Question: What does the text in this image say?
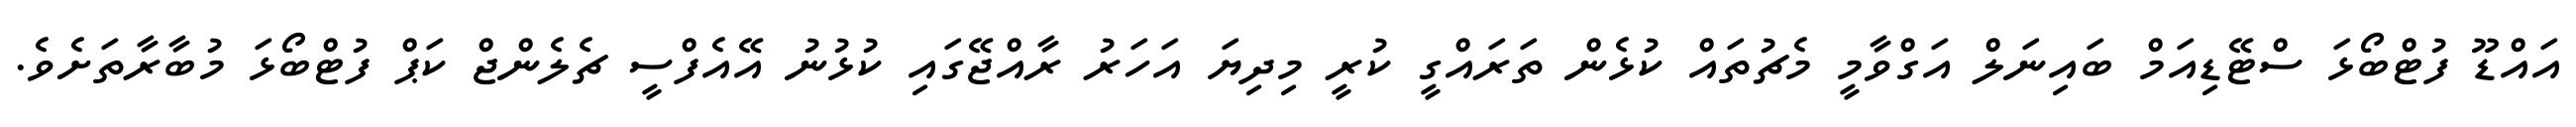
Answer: އައްޑޫ ފުޓްބޯޅަ ސްޓޭޑިއަމް ބައިނަލް އަގްވާމީ މެޗުތައް ކުޅެން ތަރައްގީ ކުރީ މިދިޔަ އަހަރު ރާއްޖޭގައި ކުޅުނު އޭއެފްސީ ޗެލެންޖް ކަޕް ފުޓްބޯޅަ މުބާރާތަށެވެ.